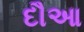
દૌઆ